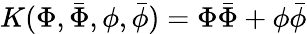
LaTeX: K(\Phi,\bar{\Phi},\phi,\bar{\phi})=\Phi\bar{\Phi}+\phi\bar{\phi}